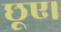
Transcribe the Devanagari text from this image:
छूए।